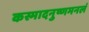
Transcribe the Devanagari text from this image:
कस्मादनुष्णमनलं